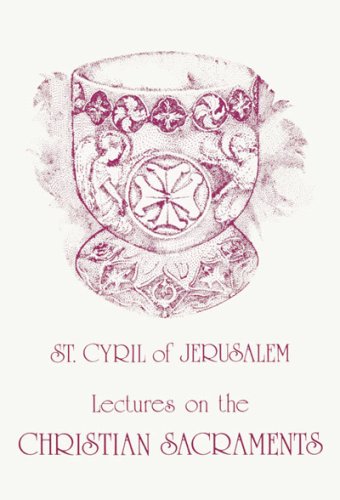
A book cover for Lectures on the Christian Sacraments: The Procatechesis and the Five Mystagogical Catecheses; Saint, Bishop of Jerusalem Cyril; Christian Books & Bibles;